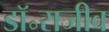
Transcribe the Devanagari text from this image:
डॉ॰राजीव